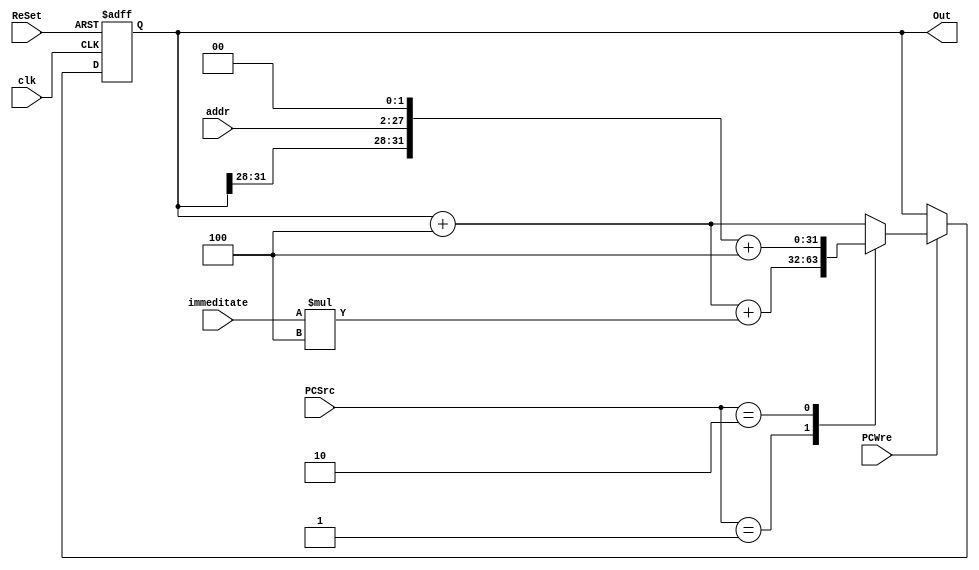
`timescale 1ns / 1ps
//////////////////////////////////////////////////////////////////////////////////
// Company: 
// Engineer: 
// 
// Design Name: 
// Module Name: PC
// Project Name: 
// Target Devices: 
// Tool Versions: 
// Description: 
// 
// Dependencies: 
// 
// Revision:
// Revision 0.01 - File Created
// Additional Comments:
// 
//////////////////////////////////////////////////////////////////////////////////


module PC(clk,ReSet,PCWre,PCSrc,immeditate,Out,addr);
    input clk,ReSet,PCWre;
    input [1:0] PCSrc;
    input [31:0] immeditate;
    input [25:0] addr;
    output [31:0] Out;
    reg [31:0] Out;
    
    always @(negedge clk or negedge ReSet)
        begin
            if(ReSet==0) begin
                        Out = 0;
                        end
            else if (PCWre) begin
                case(PCSrc)
                2'b00 : Out = Out + 4;
                2'b01 : Out = Out + 4 + immeditate*4;
                2'b10 : begin
                            Out[27:2] = addr[25:0];
                            Out[1:0] = 2'b00;
                            Out = Out + 4;
                         end
                default : begin
                        Out = Out + 4;
                    end
                endcase
             end
        end
endmodule